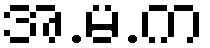
အ.မ.က